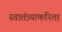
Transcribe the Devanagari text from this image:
स्वातंत्र्याकरिता